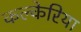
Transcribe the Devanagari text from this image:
कल्केरिया